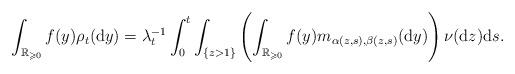
LaTeX: \begin{align*}\int_{\mathbb{R}_{\geqslant0}}f(y)\rho_{t}(\mathrm{d}y)=\lambda_{t}^{-1}\int_{0}^{t}\int_{\lbrace z>1\rbrace}\left(\int_{\mathbb{R}_{\geqslant0}}f(y)m_{\alpha(z,s),\beta(z,s)}(\mathrm{d}y)\right)\nu(\mathrm{d}z)\mathrm{d}s.\end{align*}